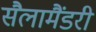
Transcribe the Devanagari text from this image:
सैलामैंडरी